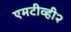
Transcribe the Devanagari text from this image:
एमटीव्ही२